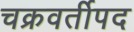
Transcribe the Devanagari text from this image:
चक्रवर्तीपद